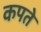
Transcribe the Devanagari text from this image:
कपते